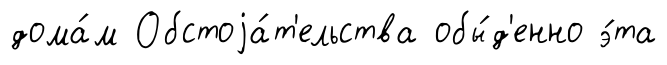
дома́м Обстоjа́т'ельства обы́д'енно э́та